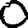
Digit: 0